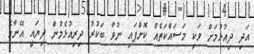
އަދި ދިިއުޅުމަށް ވަކި މަސައްކަތެއް ކޮށްފައި ނުވާ ބަކުރު ދިރިއުޅެމުން ދިޔައީ އޭނާގެ